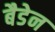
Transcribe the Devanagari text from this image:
बैडेन